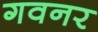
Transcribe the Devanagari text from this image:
गवनर